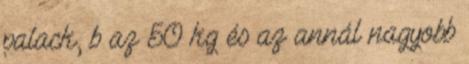
palack, b az 50 kg és az annál nagyobb